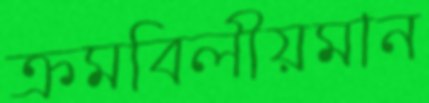
ক্রমবিলীয়মান